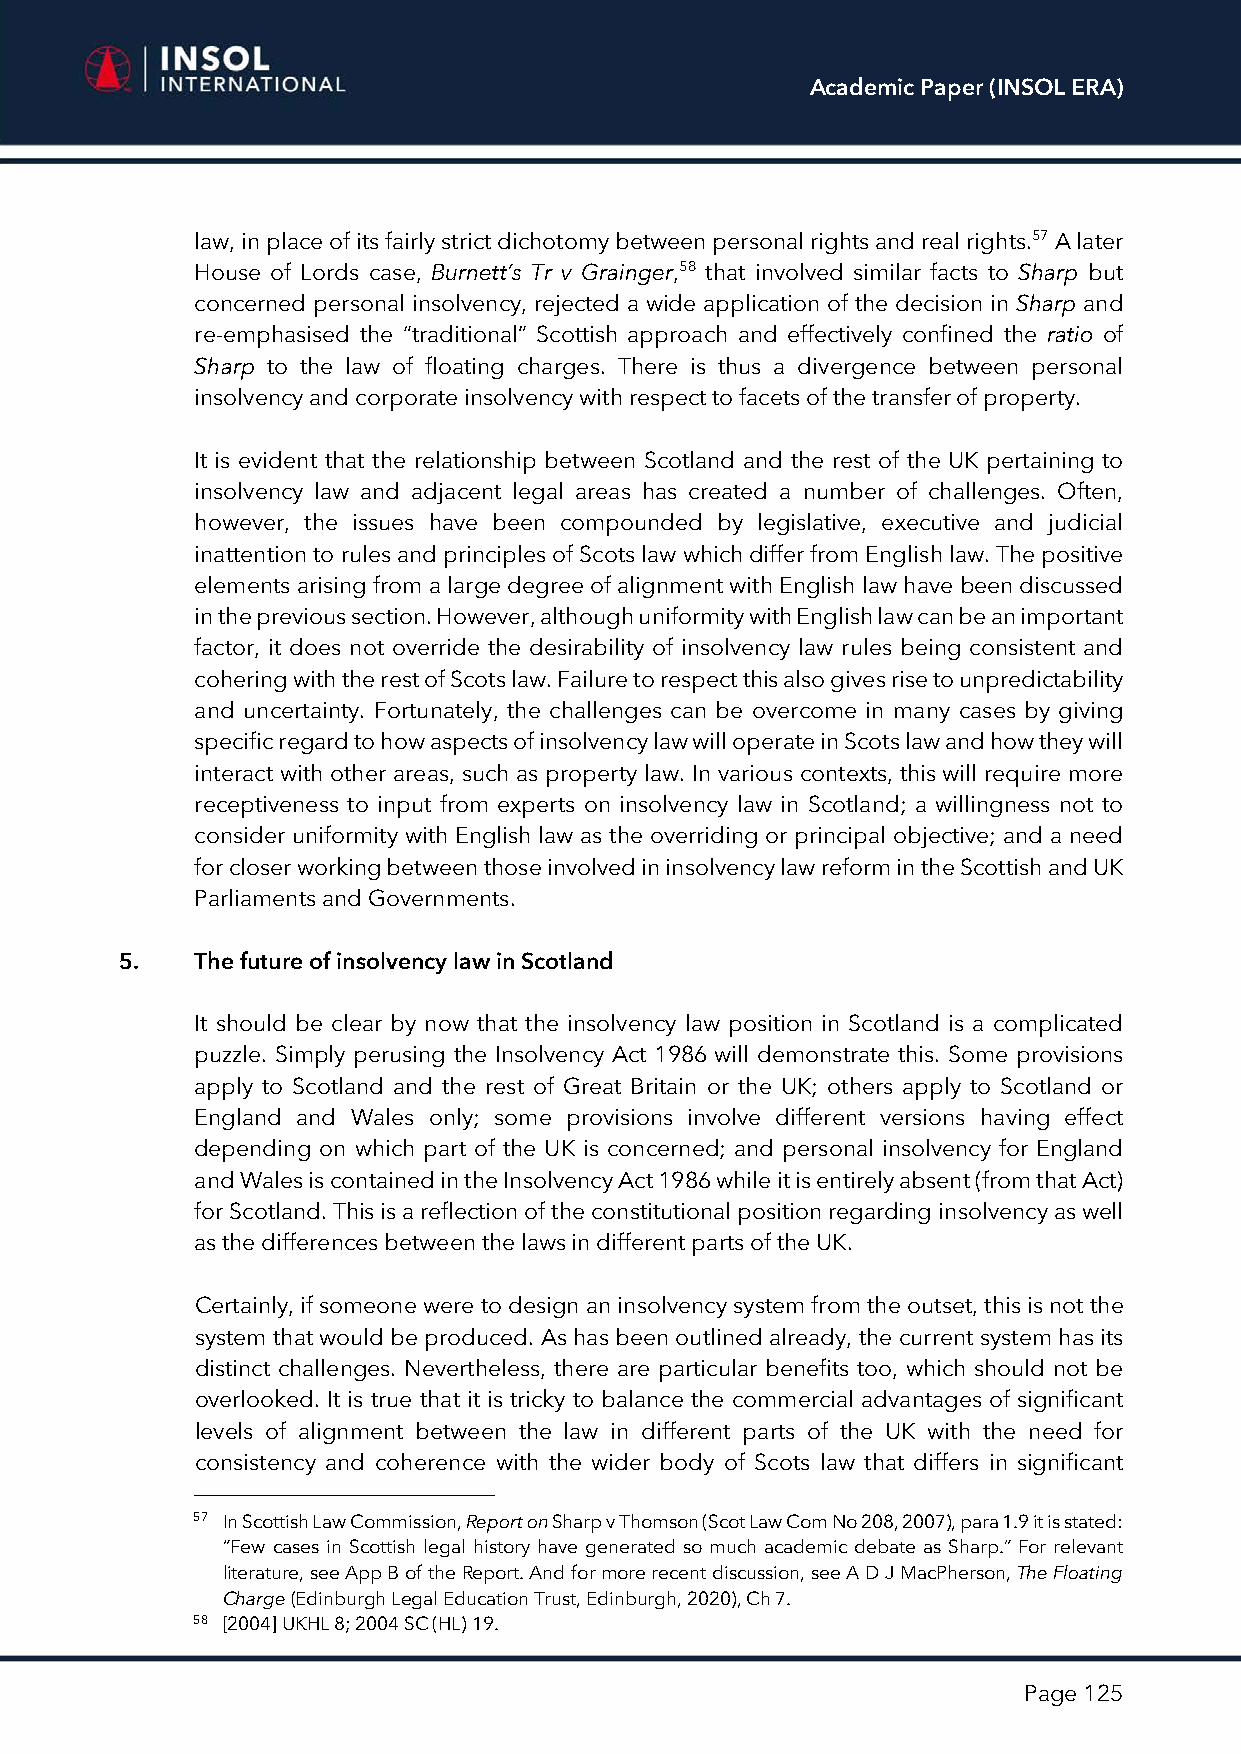
Academic Paper (INSOL ERA)
 law, in place of its fairly strict dichotomy between personal rights and real rights.57 A later
 House of Lords case, Burnett’s Tr v Grainger,58 that involved similar facts to Sharp but
 concerned personal insolvency, rejected a wide application of the decision in Sharp and
 re-emphasised the “traditional” Scottish approach and effectively confined the ratio of
 Sharp to the law of floating charges. There is thus a divergence between personal
 insolvency and corporate insolvency with respect to facets of the transfer of property.
 It is evident that the relationship between Scotland and the rest of the UK pertaining to
 insolvency law and adjacent legal areas has created a number of challenges. Often,
 however, the issues have been compounded by legislative, executive and judicial
 inattention to rules and principles of Scots law which differ from English law. The positive
 elements arising from a large degree of alignment with English law have been discussed
 in the previous section. However, although uniformity with English law can be an important
 factor, it does not override the desirability of insolvency law rules being consistent and
 cohering with the rest of Scots law. Failure to respect this also gives rise to unpredictability
 and uncertainty. Fortunately, the challenges can be overcome in many cases by giving
 specific regard to how aspects of insolvency law will operate in Scots law and how they will
 interact with other areas, such as property law. In various contexts, this will require more
 receptiveness to input from experts on insolvency law in Scotland; a willingness not to
 consider uniformity with English law as the overriding or principal objective; and a need
 for closer working between those involved in insolvency law reform in the Scottish and UK
 Parliaments and Governments.
 5.   The future of insolvency law in Scotland
 It should be clear by now that the insolvency law position in Scotland is a complicated
 puzzle. Simply perusing the Insolvency Act 1986 will demonstrate this. Some provisions
 apply to Scotland and the rest of Great Britain or the UK; others apply to Scotland or
 England and Wales only; some provisions involve different versions having effect
 depending on which part of the UK is concerned; and personal insolvency for England
 and Wales is contained in the Insolvency Act 1986 while it is entirely absent (from that Act)
 for Scotland. This is a reflection of the constitutional position regarding insolvency as well
 as the differences between the laws in different parts of the UK.
 Certainly, if someone were to design an insolvency system from the outset, this is not the
 system that would be produced. As has been outlined already, the current system has its
 distinct challenges. Nevertheless, there are particular benefits too, which should not be
 overlooked. It is true that it is tricky to balance the commercial advantages of significant
 levels of alignment between the law in different parts of the UK with the need for
 consistency and coherence with the wider body of Scots law that differs in significant
 57 In Scottish Law Commission, Report on Sharp v Thomson (Scot Law Com No 208, 2007), para 1.9 it is stated:
 “Few cases in Scottish legal history have generated so much academic debate as Sharp.” For relevant
 literature, see App B of the Report. And for more recent discussion, see A D J MacPherson, The Floating
 Charge (Edinburgh Legal Education Trust, Edinburgh, 2020), Ch 7.
 58 [2004] UKHL 8; 2004 SC (HL) 19.
 Page 125